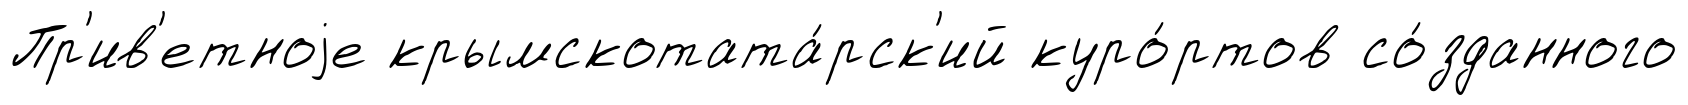
Пр'ив'етноjе крымскотата́рск'ий куро́ртов со́зданного